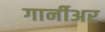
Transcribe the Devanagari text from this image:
गार्नीअर